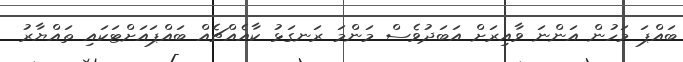
ބައްޕަ މަހުން އަންނަ ވާއިރަށް އަބަދުވެސް މަންމަ ރަނގަޅު ކާއެއްޗެއް ބައްޕައަށްޓަކައި ތައްޔާރު